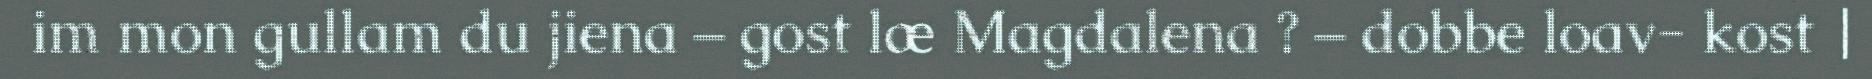
im mon gullam du jiena – gost læ Magdalena ? – dobbe loav- kost |